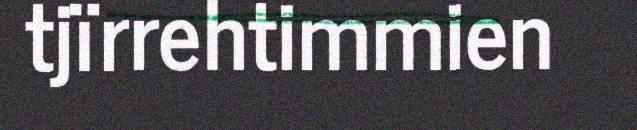
tjïrrehtimmien